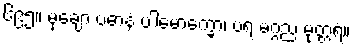
၆၉၅။ မုချော ပဓာနံ ပါမောက္ခော၊ ပရ မဂ္ဂည မုတ္တရံ။